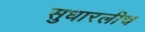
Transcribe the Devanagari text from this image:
सुधारलीच